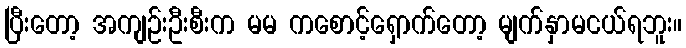
ပြီးတော့ အကျဉ်းဦးစီးက မမ ကစောင့်ရှောက်တော့ မျက်နှာမငယ်ရဘူး။